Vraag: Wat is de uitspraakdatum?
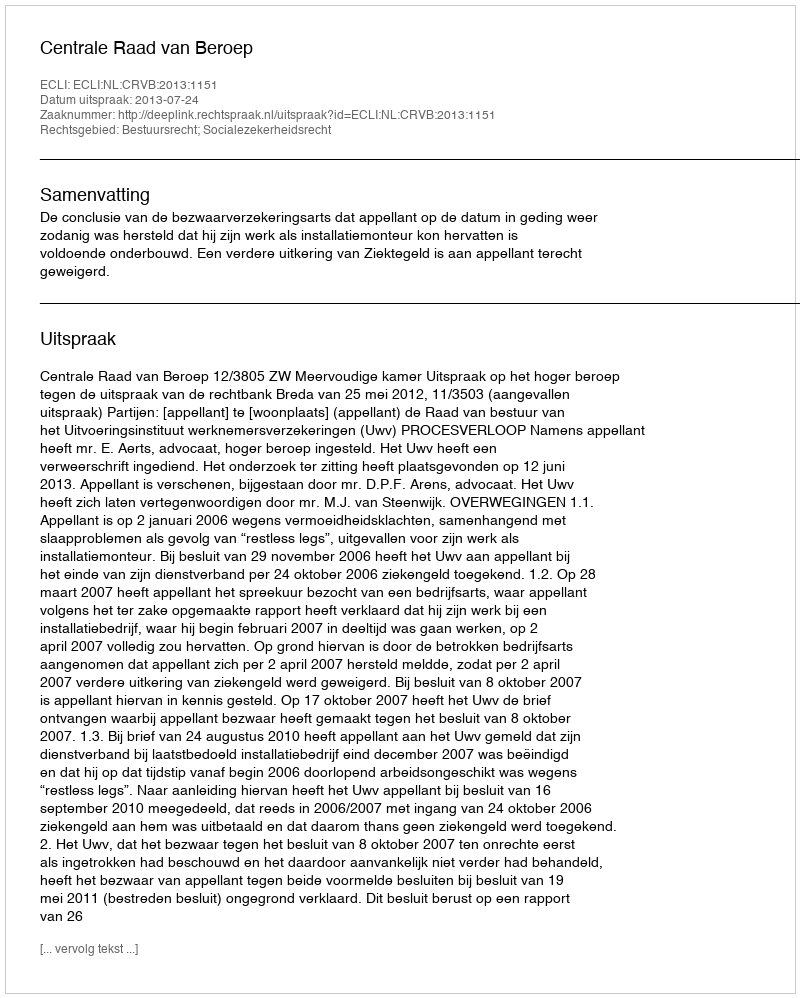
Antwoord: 2013-07-24